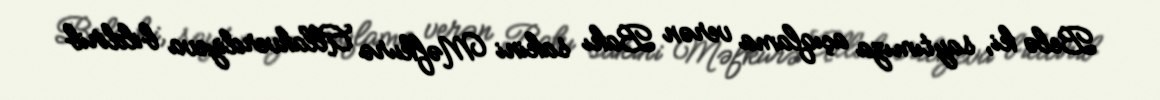
Belə ki, saytımıza açıqlama verən Bakı sakini Məfkurə Allahverdiyeva bildirib